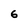
Character: 6